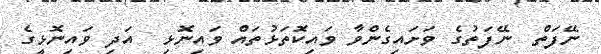
ނޭފަތް  ނޭފަތުގެ ވަށައިގެންވާ ވައިކޮތަޅުތައް ވައިނޮޅި  އަދި ވައިނޮޅީގެ